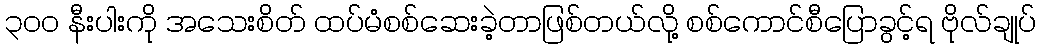
၃၀၀ နီးပါးကို အသေးစိတ် ထပ်မံစစ်ဆေးခဲ့တာဖြစ်တယ်လို့ စစ်ကောင်စီပြောခွင့်ရ ဗိုလ်ချုပ်